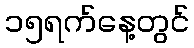
၁၅ရက်နေ့တွင်